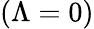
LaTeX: (\Lambda=0)